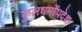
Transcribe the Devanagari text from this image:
कुलधर्मोंपदेश